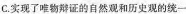
C.实现了唯物辩证的自然观和历史观的统一